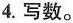
4.写数。